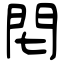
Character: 𨳍